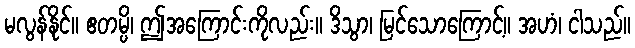
မလွန်နိုင်။ ဧတမ္ပိ၊ ဤအကြောင်းကိုလည်း။ ဒိသွာ၊ မြင်သောကြောင့်။ အဟံ၊ ငါသည်။